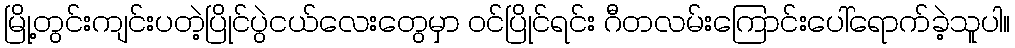
မြို့တွင်းကျင်းပတဲ့ပြိုင်ပွဲငယ်လေးတွေမှာ ဝင်ပြိုင်ရင်း ဂီတလမ်းကြောင်းပေါ်ရောက်ခဲ့သူပါ။